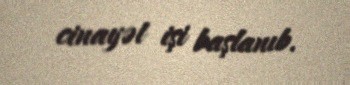
cinayət işi başlanıb.